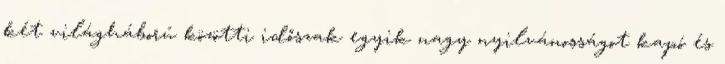
két világháború közötti időszak egyik nagy nyilvánosságot kapó és